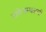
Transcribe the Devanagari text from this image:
संकेतस्थळची